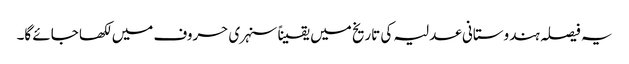
یہ فیصلہ ہندوستانی عدلیہ کی تاریخ میں یقیناً سنہری حروف میں لکھا جائے گا۔